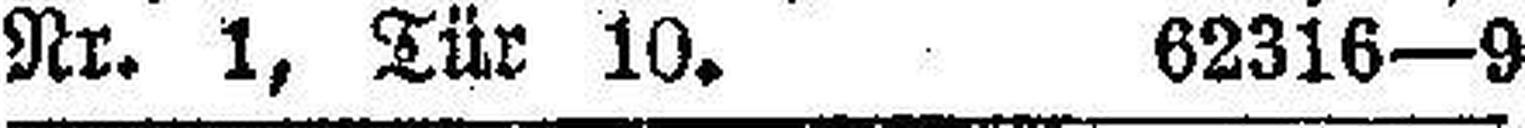
Nr. 1, Tür 10. 62316—9